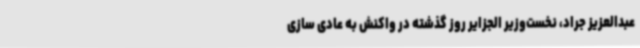
عبدالعزیز جراد، نخست‌وزیر الجزایر روز گذشته در واکنش به عادی سازی